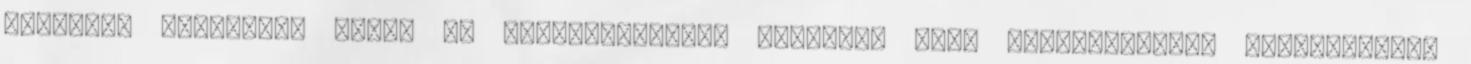
életének színházi, zenei és képzőművészeti formában való bemutatásával foglalkozik.